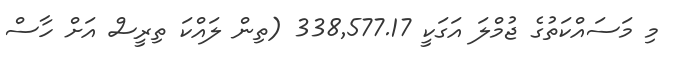
މި މަސައްކަތުގެ ޖުމްލަ އަގަކީ 338